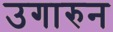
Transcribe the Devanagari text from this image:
उगारुन